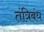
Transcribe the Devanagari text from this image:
तंत्रिबंध